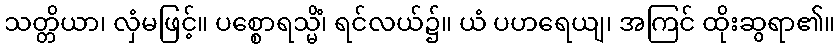
သတ္တိယာ၊ လှံမဖြင့်။ ပစ္စောရသ္မိံ၊ ရင်လယ်၌။ ယံ ပဟရေယျ၊ အကြင် ထိုးဆွရာ၏။